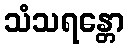
သံသရန္တော